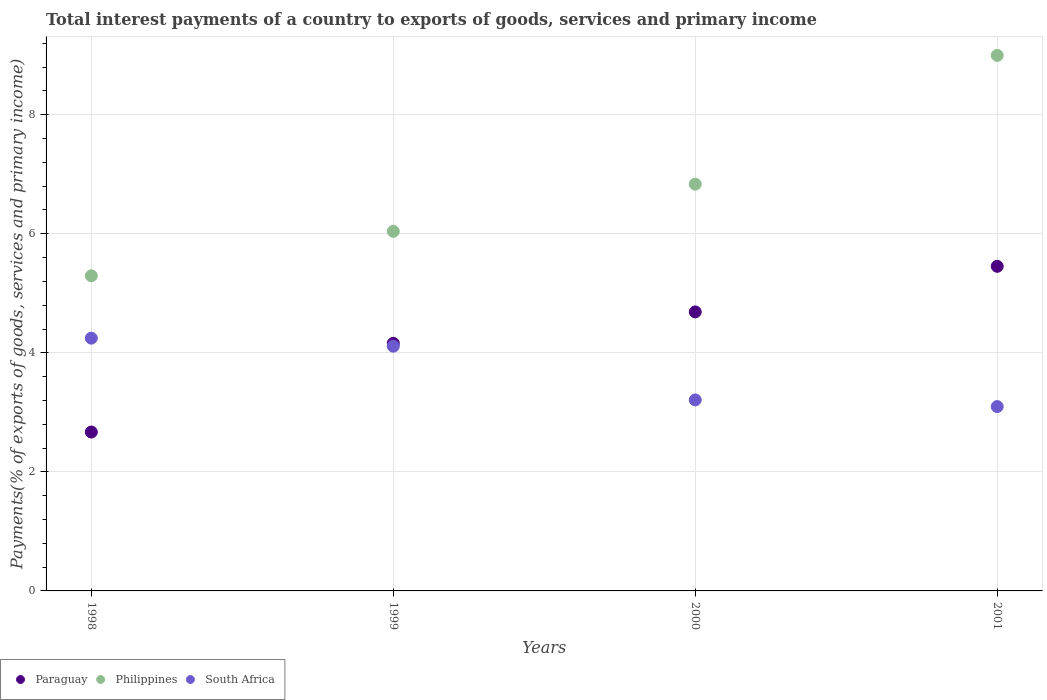
| Years | Paraguay | Philippines | South Africa |
 | --- | --- | --- | --- |
 | 1998 | 2.67 | 5.29 | 4.25 |
 | 1999 | 4.16 | 6.04 | 4.11 |
 | 2000 | 4.69 | 6.83 | 3.21 |
 | 2001 | 5.45 | 9 | 3.1 |